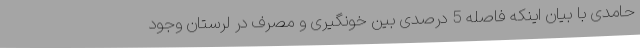
حامدی با بیان اینکه فاصله 5 درصدی بین خونگیری و مصرف در لرستان وجود